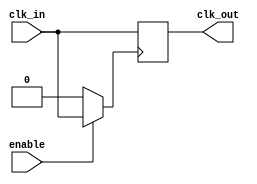
module clock_gating_cell(
    input wire clk_in,     // Incoming clock signal
    input wire enable,     // Enable signal for clock gating
    output reg clk_out     // Gated clock output
);

// Internal signal for the gated clock
reg clk_gated;

always @(*) begin
    if (enable) begin
        clk_gated = clk_in;  // Pass through the clock if enabled
    end else begin
        clk_gated = 1'b0;    // Disable clock if not enabled
    end
end

// Sequential logic to avoid glitches
always @(posedge clk_gated) begin
    clk_out <= clk_in;      // Gated clock output follows clk_in
end

endmodule